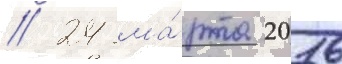
// 24 ма́рта 2016